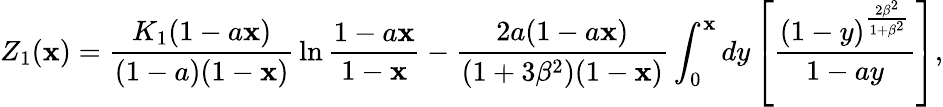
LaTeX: {Z}_{1}(\mathbf{x})={\frac{{K_{1}(1-a\mathbf{x})}}{{(1-a)(1-\mathbf{x})}}}\ln{\frac{{1-a\mathbf{x}}}{{1-\mathbf{x}}}}-{\frac{{2a(1-a\mathbf{x})}}{{(1+3\beta^{2})(1-\mathbf{x})}}}\int_{0}^{\mathbf{x}}dy\left[{\frac{{(1-y)^{\frac{{2\beta^{2}}}{{1+\beta^{2}}}}}}{{1-ay}}}\right],